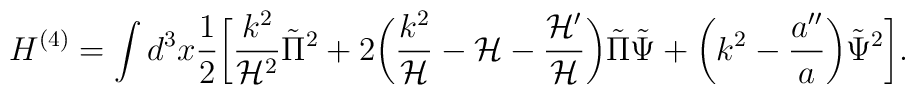
H^{(4)} = \int d^3 x \frac{1}{2} \biggl[ \frac{k^2}{{\cal H}^2} \tilde{\Pi}^2 + 2 \biggl( \frac{k^2}{\cal H} - {\cal H} - \frac{{\cal H}'}{{\cal H}} \biggr) \tilde{\Pi} \tilde{\Psi}+ \biggl(k^2 - \frac{a''}{a}\biggr) \tilde{\Psi}^2 \biggr].